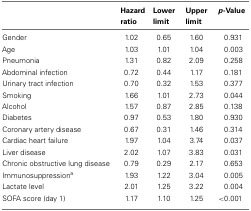
<table><thead><tr><td></td><td><b>Hazard ratio</b></td><td><b>Lower limit</b></td><td><b>Upper limit</b></td><td><b><i>p</i>-Value</b></td></tr></thead><tbody><tr><td>Gender</td><td>1.02</td><td>0.65</td><td>1.60</td><td>0.931</td></tr><tr><td>Age</td><td>1.03</td><td>1.01</td><td>1.04</td><td>0.003</td></tr><tr><td>Pneumonia</td><td>1.31</td><td>0.82</td><td>2.09</td><td>0.258</td></tr><tr><td>Abdominal infection</td><td>0.72</td><td>0.44</td><td>1.17</td><td>0.181</td></tr><tr><td>Urinary tract infection</td><td>0.70</td><td>0.32</td><td>1.53</td><td>0.377</td></tr><tr><td>Smoking</td><td>1.66</td><td>1.01</td><td>2.73</td><td>0.044</td></tr><tr><td>Alcohol</td><td>1.57</td><td>0.87</td><td>2.85</td><td>0.138</td></tr><tr><td>Diabetes</td><td>0.97</td><td>0.53</td><td>1.80</td><td>0.930</td></tr><tr><td>Coronary artery disease</td><td>0.67</td><td>0.31</td><td>1.46</td><td>0.314</td></tr><tr><td>Cardiac heart failure</td><td>1.97</td><td>1.04</td><td>3.74</td><td>0.037</td></tr><tr><td>Liver disease</td><td>2.02</td><td>1.07</td><td>3.83</td><td>0.031</td></tr><tr><td>Chronic obstructive lung disease</td><td>0.79</td><td>0.29</td><td>2.17</td><td>0.653</td></tr><tr><td>Immunosuppression<sup>a</sup></td><td>1.93</td><td>1.22</td><td>3.04</td><td>0.005</td></tr><tr><td>Lactate level</td><td>2.01</td><td>1.25</td><td>3.22</td><td>0.004</td></tr><tr><td>SOFA score (day 1)</td><td>1.17</td><td>1.10</td><td>1.25</td><td>&lt;0.001</td></tr></tbody></table>